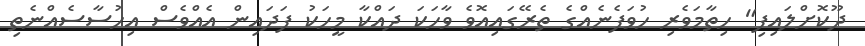
ދޫކޮށްލައިފި" ހިތާމަވެރި ހުވަފެނެއްގެ ތެރޭގައިއޮވެ ވާހަކަ ދައްކާ މީހަކު ފަދައިން އެއްވެސް އިހުސާސެއްނެތި